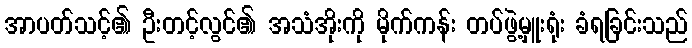
အာပတ်သင့်၏ ဦးတင့်လွင်၏ အသံအိုးကို မိုက်ကန်း တပ်ဖွဲ့မှူးရုံး ခံရခြင်းသည်